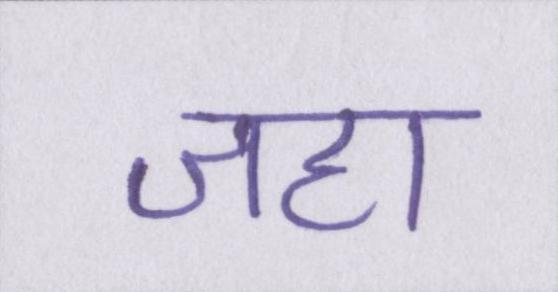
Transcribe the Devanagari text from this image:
जहा